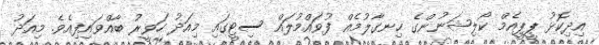
އިދިކޮޅު ޕީޕީއެމް ކޯލިޝަނުންގެ ހިނގާލުމެއް ފުވައްމުލައް ސިޓީގައި މިއަދު ހަވީރު ބާއްވައިފިއެވެ. މިއަދު